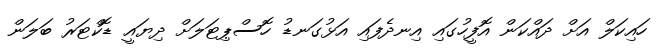
ހައިކަލް އަށް ދައްކަން އޮފީހުގައި އިނދެފައި އަޅުގަނޑު ހޮސްޕިޓަލަށް ދިޔައީ ޑޮކްޓަރު ބަލަން